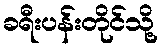
ခရီးပန်းတိုင်သို့